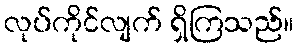
လုပ်ကိုင်လျက် ရှိကြသည်။